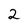
Character: 2